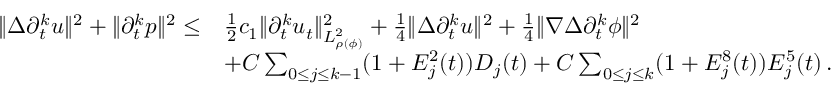
\begin{array} { r l } { \| \Delta \partial _ { t } ^ { k } u \| ^ { 2 } + \| \partial _ { t } ^ { k } p \| ^ { 2 } \leq } & { \frac { 1 } { 2 } c _ { 1 } \| \partial _ { t } ^ { k } u _ { t } \| _ { L _ { \rho ( \phi ) } ^ { 2 } } ^ { 2 } + \frac { 1 } { 4 } \| \Delta \partial _ { t } ^ { k } u \| ^ { 2 } + \frac { 1 } { 4 } \| \nabla \Delta \partial _ { t } ^ { k } \phi \| ^ { 2 } } \\ & { + C \sum _ { 0 \leq j \leq k - 1 } ( 1 + E _ { j } ^ { 2 } ( t ) ) D _ { j } ( t ) + C \sum _ { 0 \leq j \leq k } ( 1 + E _ { j } ^ { 8 } ( t ) ) E _ { j } ^ { 5 } ( t ) \, . } \end{array}